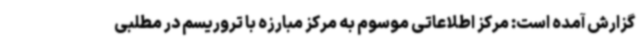
گزارش آمده است: مرکز اطلاعاتی موسوم به مرکز مبارزه با تروریسم در مطلبی